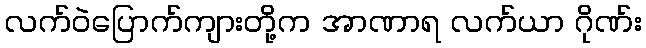
လက်ဝဲပြောက်ကျားတို့က အာဏာရ လက်ယာ ဂိုဏ်း